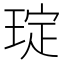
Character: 琔